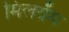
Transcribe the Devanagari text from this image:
मिलग्रॅम